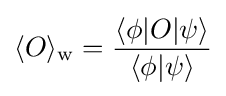
\langle O\rangle _{\rm {w}}={\frac {\langle \phi |O|\psi \rangle }{\langle \phi |\psi \rangle }}